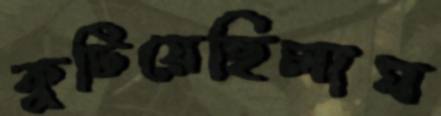
কুটিয়েছিলাম